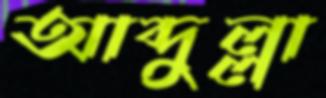
আব্দুল্লা